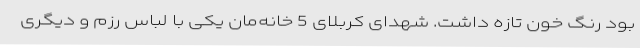
بود رنگ خون تازه داشت. شهدای کربلای 5 خانه‌مان یکی با لباس رزم و دیگری